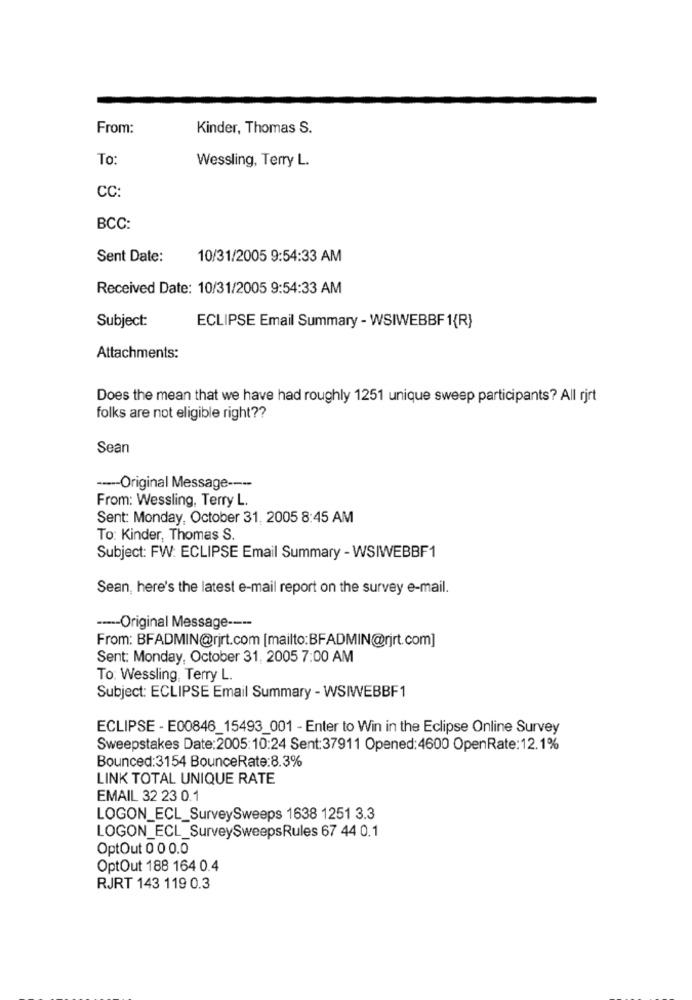
From:
Kinder, Thomas S.
To:
Wessling, Terry L.
CC:
BCC:
Sent Date:
10/31/2005 9:54:33 AM
Received Date: 10/31/2005 9:54:33 AM
Subject:
ECLIPSE Email Summary - WSIWEBBF1{R}
Attachments:
Does the mean that we have had roughly 1251 unique sweep participants? All rirt
folks are not eligible right ??
Sean
----- Original Message ----
From: Wessling, Terry L.
Sent: Monday, October 31, 2005 8:45 AM
To: Kinder, Thomas S.
Subject: FW: ECLIPSE Email Summary - WSIWEBBF1
Sean, here's the latest e-mail report on the survey e-mail.
----- Original Message ----
From: BFADMIN@rirt.com [mailto:BFADMIN@rjrt.com]
Sent: Monday, October 31, 2005 7:00 AM
To: Wessling, Terry L.
Subject: ECLIPSE Email Summary - WSIWEBBF1
ECLIPSE - E00846_15493_001 - Enter to Win in the Eclipse Online Survey
Sweepstakes Date:2005:10:24 Sent:37911 Opened:4600 OpenRate:12.1%
Bounced:3154 BounceRate:8.3%
LINK TOTAL UNIQUE RATE
EMAIL 32 23 0.1
LOGON_ECL_SurveySweeps 1638 1251 3.3
LOGON_ECL_SurveySweepsRules 67 44 0.1
OptOut 0 0 0.0
OptOut 188 164 0.4
RJRT 143 119 0.3